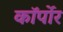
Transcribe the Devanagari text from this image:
कॉर्पोर